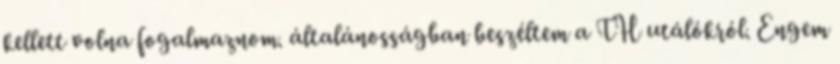
kellett volna fogalmaznom. általánosságban beszéltem a TH utálókról. Engem